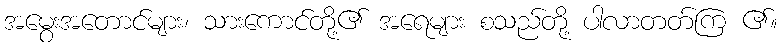
အမွေးအတောင်များ၊ သားကောင်တို့၏ အရေများ စသည်တို့ ပါလာတတ်ကြ ၏။